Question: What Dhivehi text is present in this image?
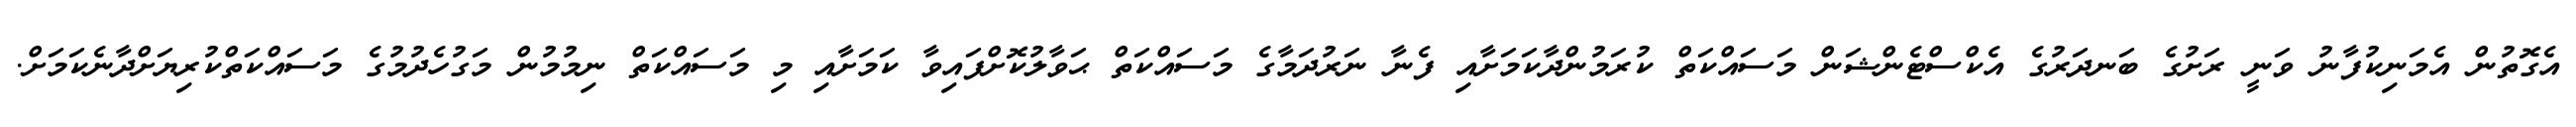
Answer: އެގޮތުން އެމަނިކުފާނު ވަނީ ރަށުގެ ބަނދަރުގެ އެކްސްޓެންޝަން މަސައްކަތް ކުރަމުންދާކަމަށާއި ފެނާ ނަރުދަމާގެ މަސައްކަތް ޙަވާލުކޮށްފައިވާ ކަމަށާއި މި މަސައްކަތް ނިމުމުން މަގުހެދުމުގެ މަސައްކަތްކުރިޔަށްދާނެކަމަށް.